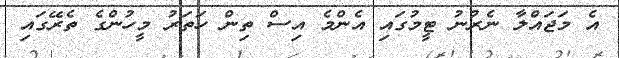
އެ މަޖައްލާ ނެރުނު ޓީމުގައި އެންމެ އިސް ތިން ހަތަރު މީހުންގެ ތެރޭގައި